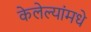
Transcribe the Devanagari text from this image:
केलेल्यांमधे